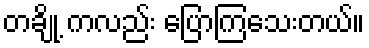
တချို့ ကလည်း ပြောကြသေးတယ်။